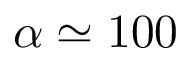
\alpha \simeq 1 0 0